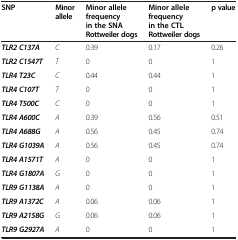
<table><thead><tr><td><b>SNP</b></td><td><b>Minor allele</b></td><td><b>Minor allele frequency in the SNA Rottweiler dogs</b></td><td><b>Minor allele frequency in the CTL Rottweiler dogs</b></td><td><b>p value</b></td></tr></thead><tbody><tr><td><b><i>TLR2 C137A</i></b></td><td><i>C</i></td><td>0.39</td><td>0.17</td><td>0.26</td></tr><tr><td><b><i>TLR2 C1547T</i></b></td><td><i>T</i></td><td>0</td><td>0</td><td>1</td></tr><tr><td><b><i>TLR4 T23C</i></b></td><td><i>C</i></td><td>0.44</td><td>0.44</td><td>1</td></tr><tr><td><b><i>TLR4 C107T</i></b></td><td><i>T</i></td><td>0</td><td>0</td><td>1</td></tr><tr><td><b><i>TLR4 T500C</i></b></td><td><i>C</i></td><td>0</td><td>0</td><td>1</td></tr><tr><td><b><i>TLR4 A600C</i></b></td><td><i>A</i></td><td>0.39</td><td>0.56</td><td>0.51</td></tr><tr><td><b><i>TLR4 A688G</i></b></td><td><i>A</i></td><td>0.56</td><td>0.45</td><td>0.74</td></tr><tr><td><b><i>TLR4 G1039A</i></b></td><td><i>A</i></td><td>0.56</td><td>0.45</td><td>0.74</td></tr><tr><td><b><i>TLR4 A1571T</i></b></td><td><i>A</i></td><td>0</td><td>0</td><td>1</td></tr><tr><td><b><i>TLR4 G1807A</i></b></td><td><i>G</i></td><td>0</td><td>0</td><td>1</td></tr><tr><td><b><i>TLR9 G1138A</i></b></td><td><i>A</i></td><td>0</td><td>0</td><td>1</td></tr><tr><td><b><i>TLR9 A1372C</i></b></td><td><i>A</i></td><td>0.06</td><td>0.06</td><td>1</td></tr><tr><td><b><i>TLR9 A2158G</i></b></td><td><i>G</i></td><td>0.06</td><td>0.06</td><td>1</td></tr><tr><td><b><i>TLR9 G2927A</i></b></td><td><i>A</i></td><td>0</td><td>0</td><td>1</td></tr></tbody></table>